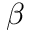
\beta